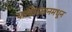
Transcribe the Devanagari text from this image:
पाकिस्तानमधून